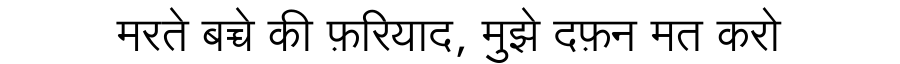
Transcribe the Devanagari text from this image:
मरते बच्चे की फ़रियाद, मुझे दफ़न मत करो